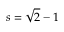
s = \sqrt { 2 } - 1